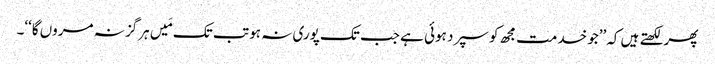
پھر لکھتے ہیں کہ’’جو خدمت مجھ کو سپرد ہوئی ہے جب تک پوری نہ ہو تب تک مَیں ہرگز نہ مروں گا‘‘۔